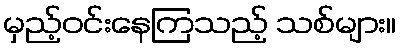
မှည့်ဝင်းနေကြသည့် သစ်များ။